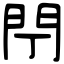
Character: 閅